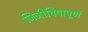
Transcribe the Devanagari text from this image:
जिजीविषापूर्ण